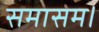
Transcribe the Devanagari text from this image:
समासम।